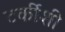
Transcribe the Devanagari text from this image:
टर्कीशी